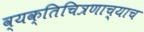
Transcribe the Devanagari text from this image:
व्यक्तिचित्रणाच्याच